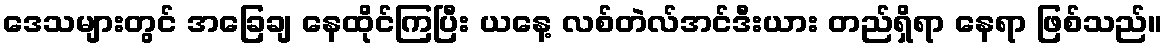
ဒေသများတွင် အခြေချ နေထိုင်ကြပြီး ယနေ့ လစ်တဲလ်အင်ဒီးယား တည်ရှိရာ နေရာ ဖြစ်သည်။